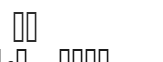
١٨